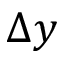
\Delta y